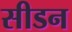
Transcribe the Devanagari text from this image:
सीडन